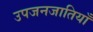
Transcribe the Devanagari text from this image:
उपजनजातियाँ